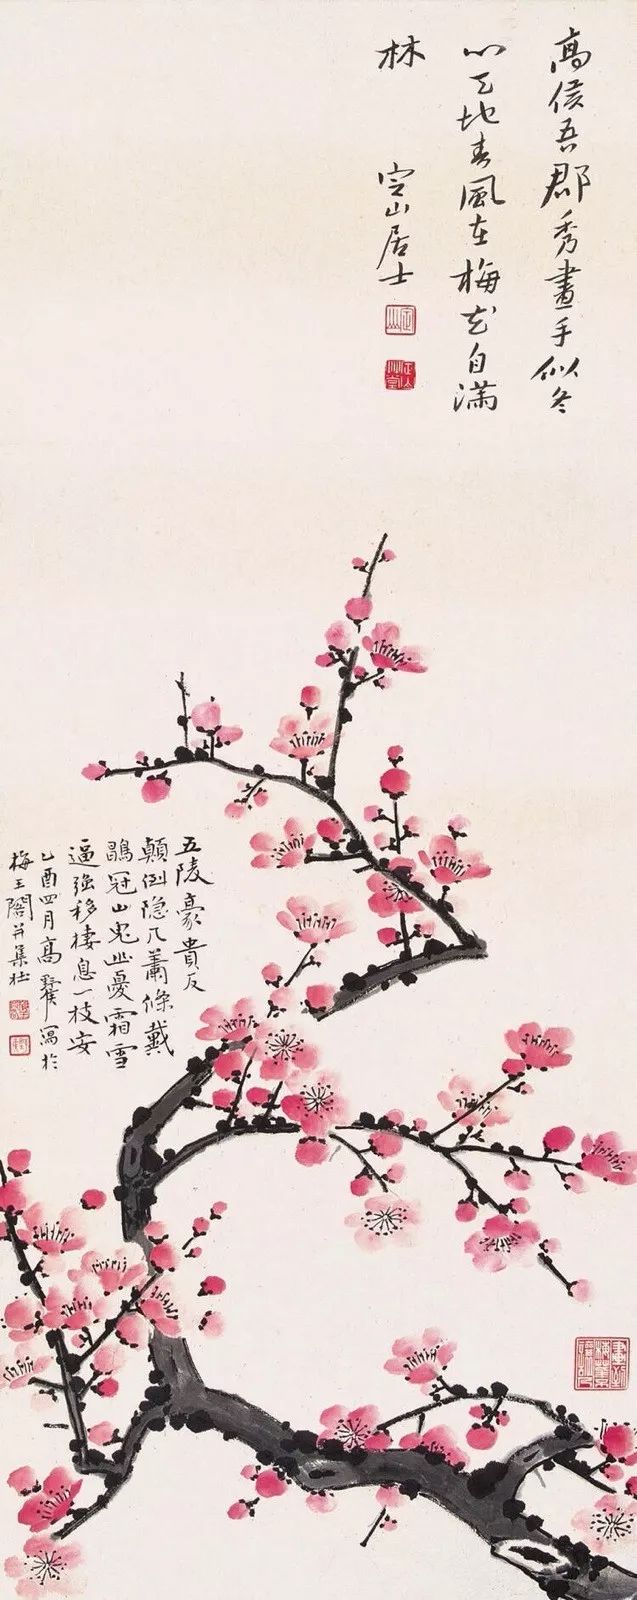
敌近而静者，恃其险也远而挑战者，欲人之进也。